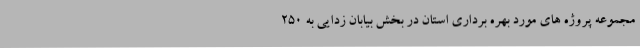
مجموعه پروژه های مورد بهره برداری استان در بخش بیابان زدایی به 250